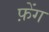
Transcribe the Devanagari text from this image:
फ़ेंग